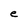
Character: e